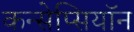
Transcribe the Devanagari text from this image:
कन्सेप्सियॉन